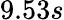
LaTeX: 9.53s